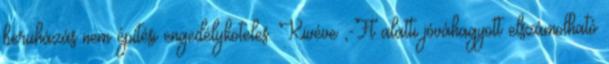
beruházás nem építési engedélyköteles. Kivéve ,-Ft alatti jóváhagyott elszámolható